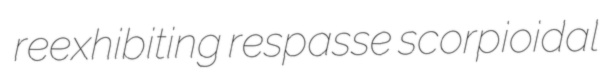
reexhibiting respasse scorpioidal